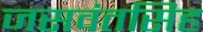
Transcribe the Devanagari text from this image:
जसवंतसिह